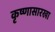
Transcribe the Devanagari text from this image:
कृष्णासारखा